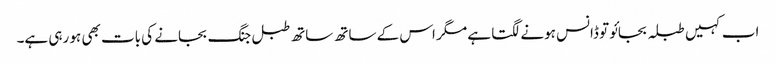
اب کہیں طبلہ بجائو تو ڈانس ہونے لگتا ہے مگر اس کے ساتھ ساتھ طبل جنگ بجانے کی بات بھی ہو رہی ہے۔